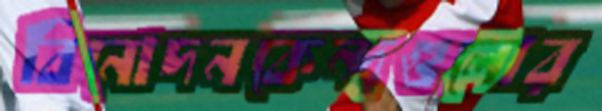
বিনোদনকেন্দ্রগুলোর